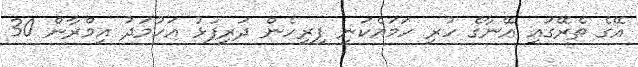
އޭގެ ތެރޭގައި އޭނާގެ ހުރި ހަމައެކަނި ފިރިހެން ދަރިފުޅު އަހުމަދު އިމްރާން 30